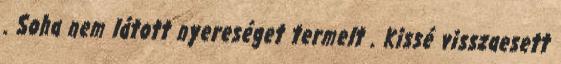
. Soha nem látott nyereséget termelt . Kissé visszaesett